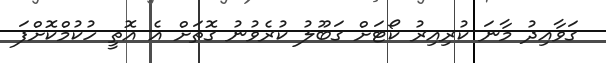
ގަވާއިދު މާނަ ކުރިއިރު ކޯޓަށް ގަބޫލު ކުރެވުނު ގޮތަށް އެ އޮތީ ހުކުމްކޮށްފަ